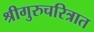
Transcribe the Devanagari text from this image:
श्रीगुरुचरित्रात